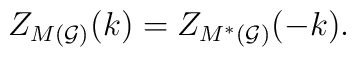
Z_{M({\cal G)}}(k)=Z_{M^{*}({\cal G)}}(-k).